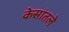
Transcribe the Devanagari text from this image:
केसांतले